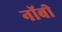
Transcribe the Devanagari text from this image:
नॉबी